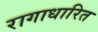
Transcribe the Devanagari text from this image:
रागाधारित